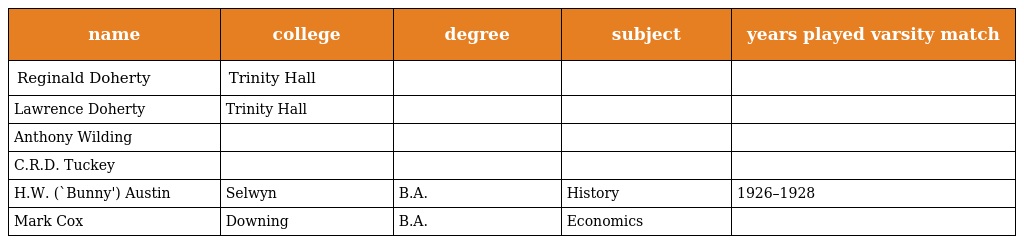
| name | college | degree | subject | years played varsity match |
 | --- | --- | --- | --- | --- |
 | Reginald Doherty | Trinity Hall |  |  |  |
 | Lawrence Doherty | Trinity Hall |  |  |  |
 | Anthony Wilding |  |  |  |  |
 | C.R.D. Tuckey |  |  |  |  |
 | H.W. (`Bunny') Austin | Selwyn | B.A. | History | 1926–1928 |
 | Mark Cox | Downing | B.A. | Economics |  |